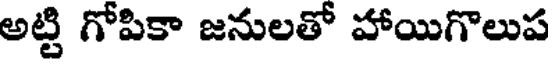
అట్టి గోపికా జనులతో హాయిగొలుప